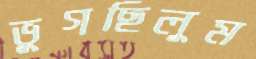
ভুগছিলুম